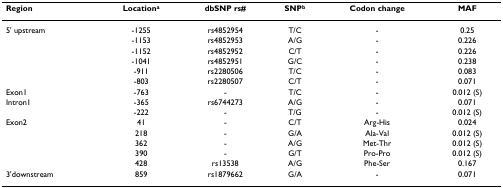
| Region | Locationa | dbSNP rs# | SNPb | Codon change | MAF |
 | --- | --- | --- | --- | --- | --- |
 | 5' upstream | -1255 | rs4852954 | T/C | - | 0.25 |
 |  | -1153 | rs4852953 | A/G | - | 0.226 |
 |  | -1152 | rs4852952 | C/T | - | 0.226 |
 |  | -1041 | rs4852951 | G/C | - | 0.238 |
 |  | -911 | rs2280506 | T/C | - | 0.083 |
 |  | -803 | rs2280507 | C/T | - | 0.071 |
 | Exon1 | -763 | - | T/C | - | 0.012 (S) |
 | Intron1 | -365 | rs6744273 | A/G | - | 0.071 |
 |  | -222 | - | T/G | - | 0.012 (S) |
 | Exon2 | 41 | - | C/T | Arg-His | 0.024 |
 |  | 218 | - | G/A | Ala-Val | 0.012 (S) |
 |  | 362 | - | A/G | Met-Thr | 0.012 (S) |
 |  | 390 | - | G/T | Pro-Pro | 0.012 (S) |
 |  | 428 | rs13538 | A/G | Phe-Ser | 0.167 |
 | 3'downstream | 859 | rs1879662 | G/A | - | 0.071 |